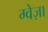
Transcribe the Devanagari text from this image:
ग्वेज़ा